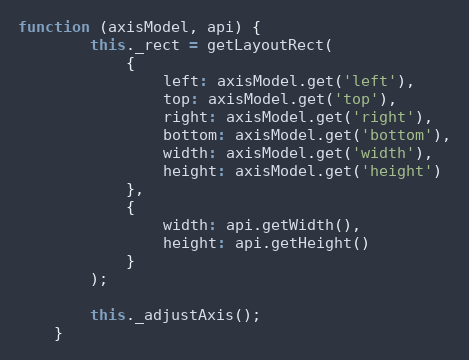
Language: JavaScript
function (axisModel, api) {
        this._rect = getLayoutRect(
            {
                left: axisModel.get('left'),
                top: axisModel.get('top'),
                right: axisModel.get('right'),
                bottom: axisModel.get('bottom'),
                width: axisModel.get('width'),
                height: axisModel.get('height')
            },
            {
                width: api.getWidth(),
                height: api.getHeight()
            }
        );

        this._adjustAxis();
    }